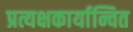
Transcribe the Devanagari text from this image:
प्रत्यक्षकार्यान्वित